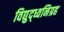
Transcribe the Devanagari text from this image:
विद्युद्ध्वनिग्रह